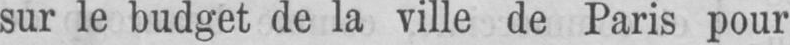
sur le budget de la ville de Paris pour